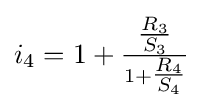
i_{4}=1+{\tfrac {\tfrac {R_{3}}{S_{3}}}{1+{\tfrac {R_{4}}{S_{4}}}}}